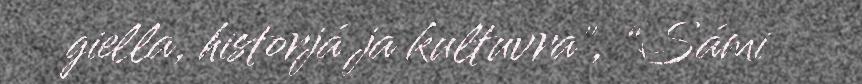
giella, historjá ja kultuvra", “Sámi